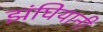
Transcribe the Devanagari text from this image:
झंघियानी